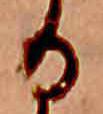
る